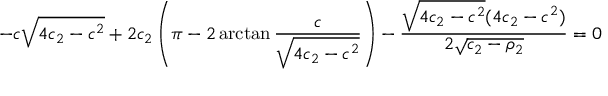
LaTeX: - c \sqrt { 4 c _ { 2 } - c ^ { 2 } } + 2 c _ { 2 } \left( \pi - 2 \arctan \frac { c } { \sqrt { 4 c _ { 2 } - c ^ { 2 } } } \right) - \frac { \sqrt { 4 c _ { 2 } - c ^ { 2 } } ( 4 c _ { 2 } - c ^ { 2 } ) } { 2 \sqrt { c _ { 2 } - \rho _ { 2 } } } = 0